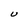
Character: U